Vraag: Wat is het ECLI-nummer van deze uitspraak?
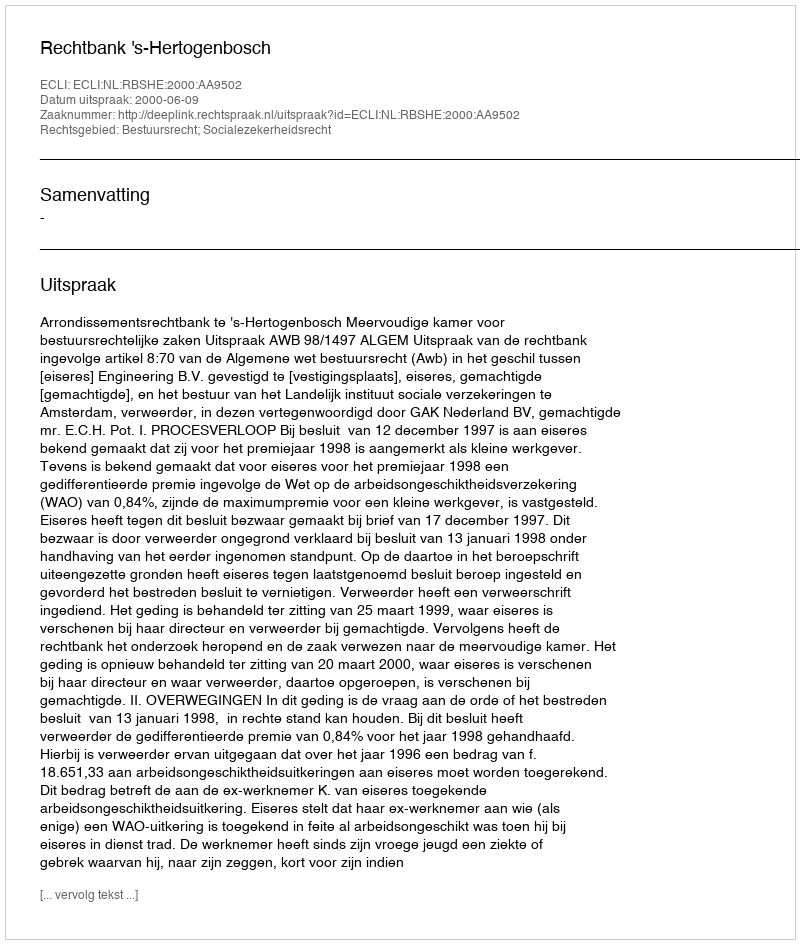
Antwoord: ECLI:NL:RBSHE:2000:AA9502